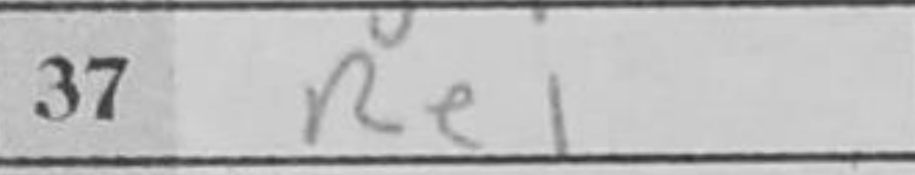
Transcription: Re1